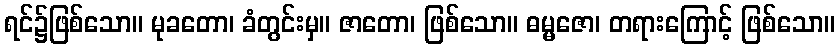
ရင်၌ဖြစ်သော။ မုခတော၊ ခံတွင်းမှ။ ဇာတော၊ ဖြစ်သော။ ဓမ္မဇော၊ တရားကြောင့် ဖြစ်သော။